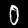
Digit: 0